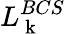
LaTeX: L_{\mathrm{~k~}}^{BCS}